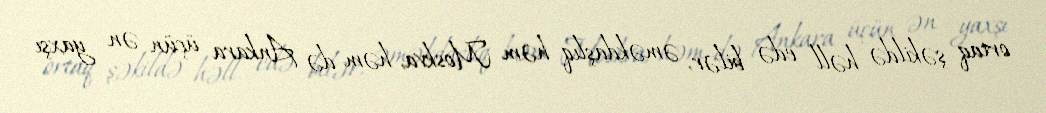
ortaq şəkildə həll edə bilər, əməkdaşlıq həm Moskva, həm də Ankara üçün ən yaxşı